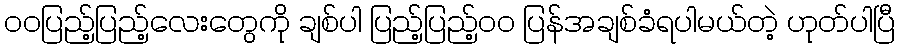
ဝဝပြည့်ပြည့်လေးတွေကို ချစ်ပါ ပြည့်ပြည့်ဝဝ ပြန်အချစ်ခံရပါမယ်တဲ့ ဟုတ်ပါပြီ